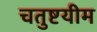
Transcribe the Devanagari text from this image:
चतुष्टयीम